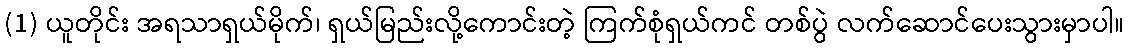
(1) ယူတိုင်း အရသာရှယ်မိုက်၊ ရှယ်မြည်းလို့ကောင်းတဲ့ ကြက်စုံရှယ်ကင် တစ်ပွဲ လက်ဆောင်ပေးသွားမှာပါ။